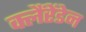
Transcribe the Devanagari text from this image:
क्लैंरेंडेन